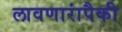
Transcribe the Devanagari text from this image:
लावणारांपैकी